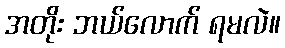
အတိုး ဘယ်လောက် ရမလဲ။